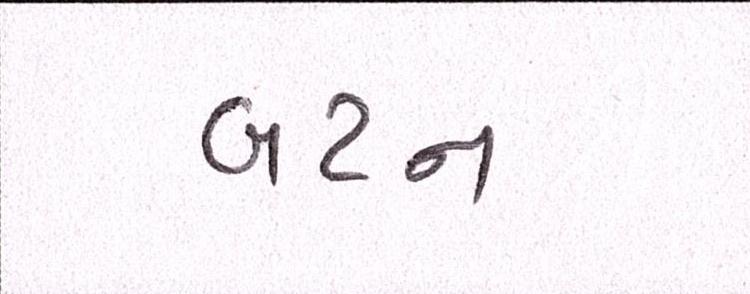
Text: બટન